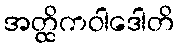
အတ္ထိကဝါဒေါတိ